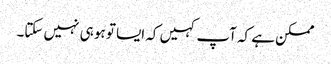
ممکن ہے کہ آپ کہیں کہ ایسا تو ہو ہی نہیں سکتا۔